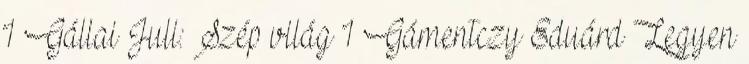
1 Gállai Juli: Szép világ 1 Gámentczy Eduárd Legyen